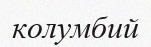
колумбий